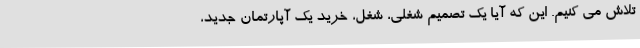
تلاش می کنیم. این که آیا یک تصمیم شغلی، شغل، خرید یک آپارتمان جدید،